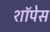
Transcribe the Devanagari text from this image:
शॉपेस